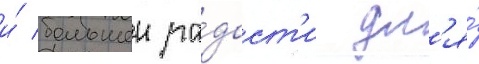
и́ большеи ра́дост'и дл'я́